Indian journal of veterinary science and animal husbandry - Volumes 24-25, 1954-1955
Year: 1954
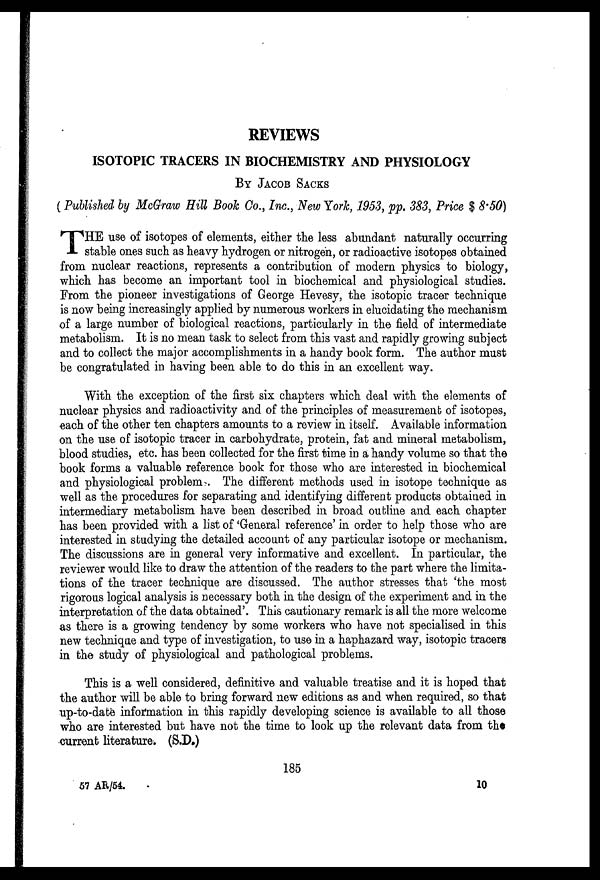
REVIEWS
ISOTOPIC TRACERS IN BIOCHEMISTRY AND PHYSIOLOGY
BY JACOB SACKS
(Published by McGraw Hill Book Co., Inc., New York, 1953, pp. 383, Price $ 8.50)
T HE use of isotopes of elements, either the less abundant naturally occurring
stable ones such as heavy hydrogen or nitrogen, or radioactive isotopes obtained
from nuclear reactions, represents a contribution of modern physics to biology,
which has become an important tool in biochemical and physiological studies.
From the pioneer investigations of George Hevesy, the isotopic tracer technique
is now being increasingly applied by numerous workers in elucidating the mechanism
of a large number of biological reactions, particularly in the field of intermediate
metabolism. It is no mean task to select from this vast and rapidly growing subject
and to collect the major accomplishments in a handy book form. The author must
be congratulated in having been able to do this in an excellent way.
With the exception of the first six chapters which deal with the elements of
nuclear physics and radioactivity and of the principles of measurement of isotopes,
each of the other ten chapters amounts to a review in itself. Available information
on the use of isotopic tracer in carbohydrate, protein, fat and mineral metabolism,
blood studies, etc. has been collected for the first time in a handy volume so that the
book forms a valuable reference book for those who are interested in biochemical
and physiological problem. The different methods used in isotope technique as
well as the procedures for separating and identifying different products obtained in
intermediary metabolism have been described in broad outline and each chapter
has been provided with a list of 'General reference' in order to help those who are
interested in studying the detailed account of any particular isotope or mechanism.
The discussions are in general very informative and excellent. In particular, the
reviewer would like to draw the attention of the readers to the part where the limita-
tions of the tracer technique are discussed. The author stresses that 'the most
rigorous logical analysis is necessary both in the design of the experiment and in the
interpretation of the data obtained'. This cautionary remark is all the more welcome
as there is a growing tendency by some workers who have not specialised in this
new technique and type of investigation, to use in a haphazard way, isotopic tracers
in the study of physiological and pathological problems.
This is a well considered, definitive and valuable treatise and it is hoped that
the author will be able to bring forward new editions as and when required, so that
up-to-date information in this rapidly developing science is available to all those
who are interested but have not the time to look up the relevant data from the
current literature. (S.D.)
185
57 AR/54.
10